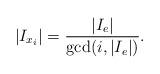
LaTeX: \begin{align*}|I_{x_{i}}|=\dfrac{|I_{e}|}{\gcd(i,|I_{e}|)}.\end{align*}